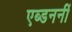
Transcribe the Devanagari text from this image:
एब्डननीं